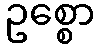
ဥစ္စော